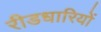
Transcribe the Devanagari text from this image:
रीडधारियों